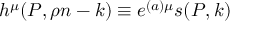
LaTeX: h ^ { \mu } ( P , \rho n - k ) \equiv e ^ { ( a ) \mu } s ( P , k ) \,